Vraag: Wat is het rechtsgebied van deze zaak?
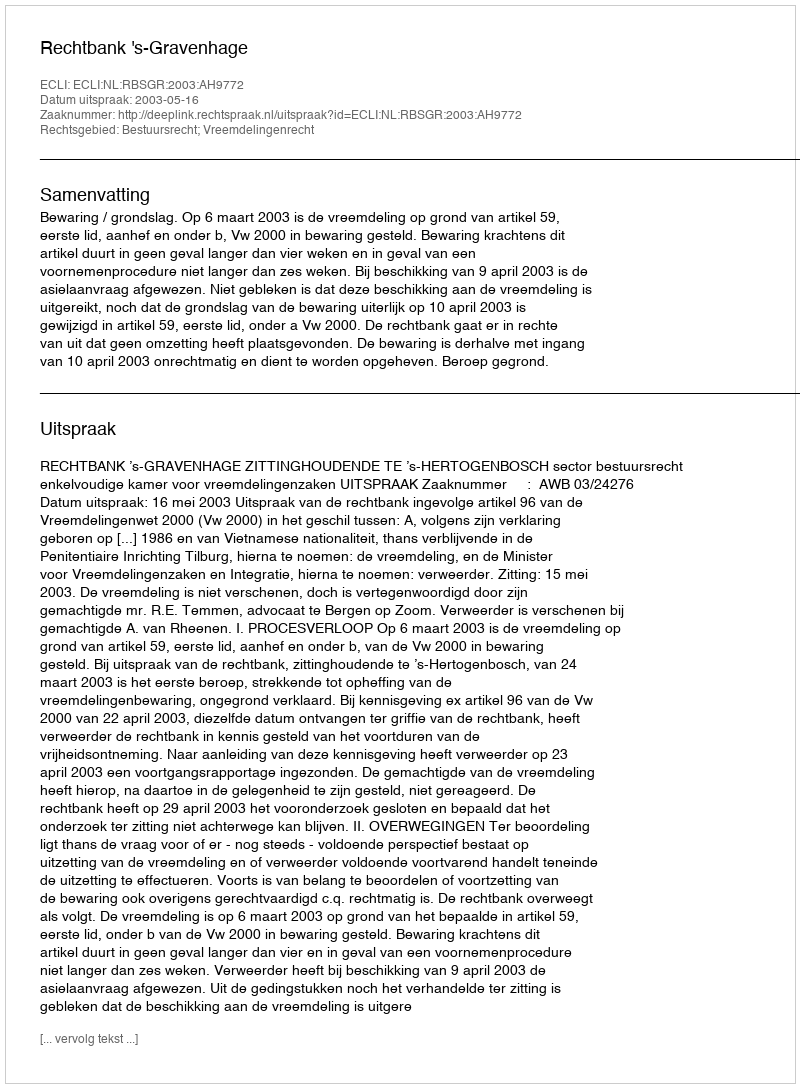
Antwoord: Bestuursrecht; Vreemdelingenrecht